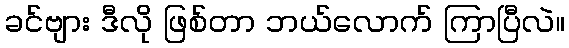
ခင်ဗျား ဒီလို ဖြစ်တာ ဘယ်လောက် ကြာပြီလဲ။